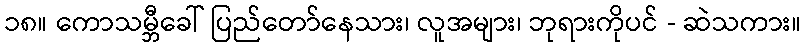
၁၈။ ကောသမ္ဘီခေါ် ပြည်တော်နေသား၊ လူအများ၊ ဘုရားကိုပင် - ဆဲသကား။